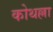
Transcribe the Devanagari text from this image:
कोथल्ला